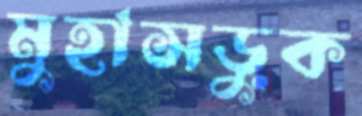
মুহাসড়ুক